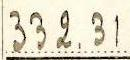
332.31